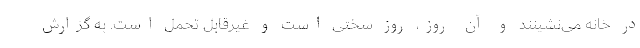
در خانه می‌نشینند و آن روز، روز سختی است و غیرقابل تحمل است. به گزارش